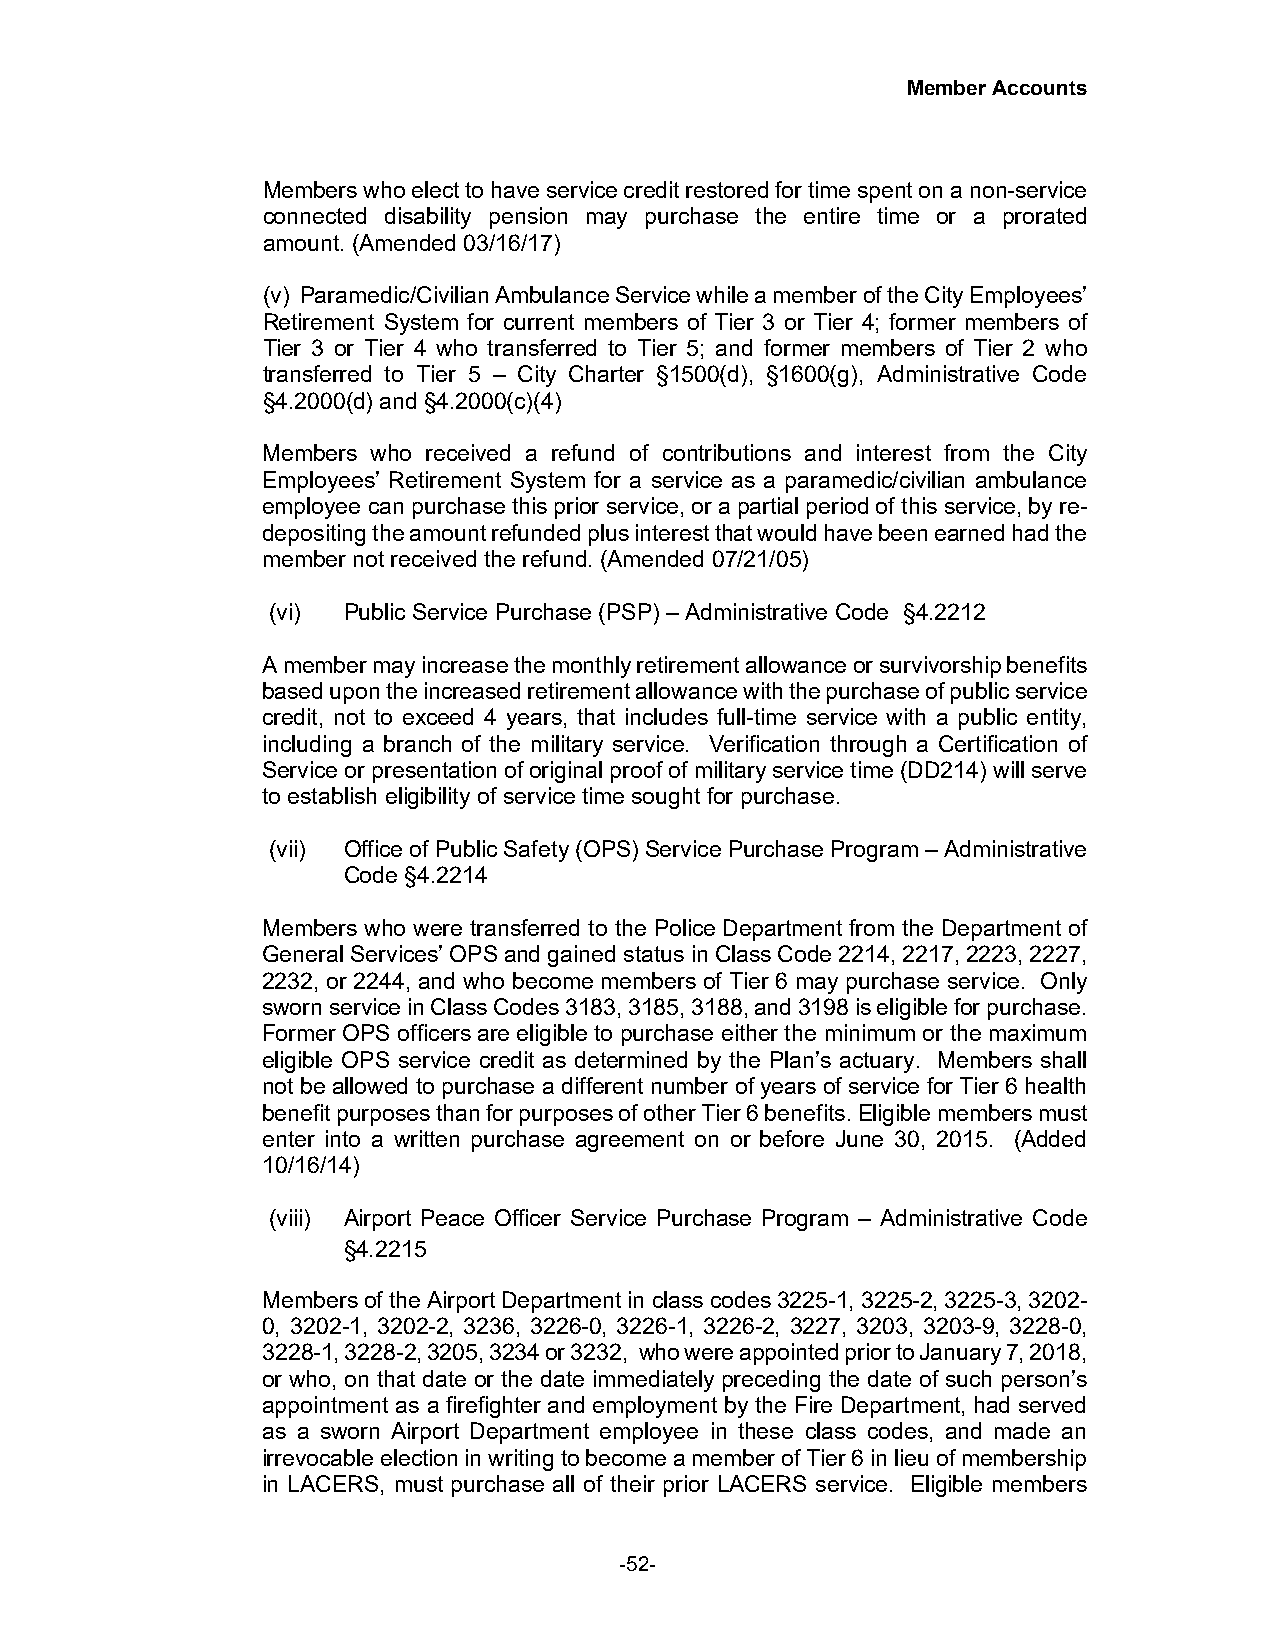
Member Accounts
 Members who elect to have service credit restored for time spent on a non-service
 connected disability pension may purchase the entire time or a prorated
 amount. (Amended 03/16/17)
 (v) Paramedic/Civilian Ambulance Service while a member of the City Employees’
 Retirement System for current members of Tier 3 or Tier 4; former members of
 Tier 3 or Tier 4 who transferred to Tier 5; and former members of Tier 2 who
 transferred to Tier 5 – City Charter §1500(d), §1600(g), Administrative Code
 §4.2000(d) and §4.2000(c)(4)
 Members who received a refund of contributions and interest from the City
 Employees’ Retirement System for a service as a paramedic/civilian ambulance
 employee can purchase this prior service, or a partial period of this service, by re-
 depositing the amount refunded plus interest that would have been earned had the
 member not received the refund. (Amended 07/21/05)
 (vi) Public Service Purchase (PSP) – Administrative Code §4.2212
 A member may increase the monthly retirement allowance or survivorship benefits
 based upon the increased retirement allowance with the purchase of public service
 credit, not to exceed 4 years, that includes full-time service with a public entity,
 including a branch of the military service. Verification through a Certification of
 Service or presentation of original proof of military service time (DD214) will serve
 to establish eligibility of service time sought for purchase.
 (vii) Office of Public Safety (OPS) Service Purchase Program – Administrative
 Code §4.2214
 Members who were transferred to the Police Department from the Department of
 General Services’ OPS and gained status in Class Code 2214, 2217, 2223, 2227,
 2232, or 2244, and who become members of Tier 6 may purchase service. Only
 sworn service in Class Codes 3183, 3185, 3188, and 3198 is eligible for purchase.
 Former OPS officers are eligible to purchase either the minimum or the maximum
 eligible OPS service credit as determined by the Plan’s actuary. Members shall
 not be allowed to purchase a different number of years of service for Tier 6 health
 benefit purposes than for purposes of other Tier 6 benefits. Eligible members must
 enter into a written purchase agreement on or before June 30, 2015. (Added
 10/16/14)
 (viii) Airport Peace Officer Service Purchase Program – Administrative Code
 §4.2215
 Members of the Airport Department in class codes 3225-1, 3225-2, 3225-3, 3202-
 0, 3202-1, 3202-2, 3236, 3226-0, 3226-1, 3226-2, 3227, 3203, 3203-9, 3228-0,
 3228-1, 3228-2, 3205, 3234 or 3232, who were appointed prior to January 7, 2018,
 or who, on that date or the date immediately preceding the date of such person’s
 appointment as a firefighter and employment by the Fire Department, had served
 as a sworn Airport Department employee in these class codes, and made an
 irrevocable election in writing to become a member of Tier 6 in lieu of membership
 in LACERS, must purchase all of their prior LACERS service. Eligible members
 -52-